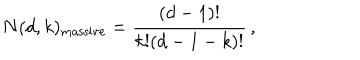
N ( d , k ) _ { \mathrm { m a s s i v e } } = \frac { ( d - 1 ) ! } { k ! ( d - 1 - k ) ! } \, ,